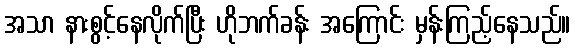
အသာ နားစွင့်နေလိုက်ပြီး ဟိုဘက်ခန်း အကြောင်း မှန်းကြည့်နေသည်။